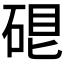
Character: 𥓀